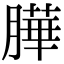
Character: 𦠜